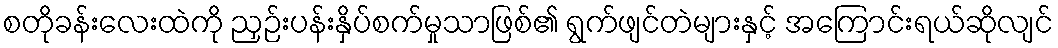
စတိုခန်းလေးထဲကို ညှဉ်းပန်းနှိပ်စက်မှုသာဖြစ်၏ ရွက်ဖျင်တဲများနှင့် အကြောင်းရယ်ဆိုလျင်